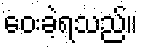
ဝေးခဲ့ရသည်။